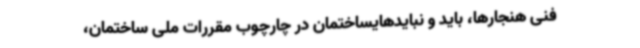
فنی هنجارها، باید و نبایدهایساختمان در چارچوب مقررات ملی ساختمان،